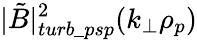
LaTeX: |\tilde{B}|_{turb\_ psp}^{2}(k_{\perp}\rho_{p})